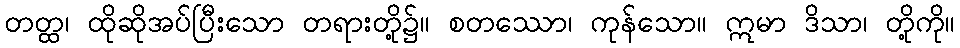
တတ္ထ၊ ထိုဆိုအပ်ပြီးသော တရားတို့၌။ စတဿော၊ ကုန်သော။ ဣမာ ဒိသာ၊ တို့ကို။